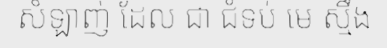
សំឡាញ់ ដែល ជា ជំទប់ មេ ស្មឹង